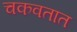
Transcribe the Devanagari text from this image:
चकवतात